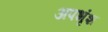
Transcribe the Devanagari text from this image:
अपभृंश